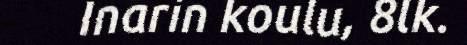
Inarin koulu, 8lk.